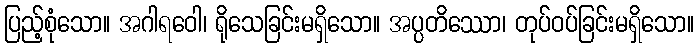
ပြည့်စုံသော။ အဂါရဝေါ၊ ရိုသေခြင်းမရှိသော။ အပ္ပတိဿော၊ တုပ်ဝပ်ခြင်းမရှိသော။